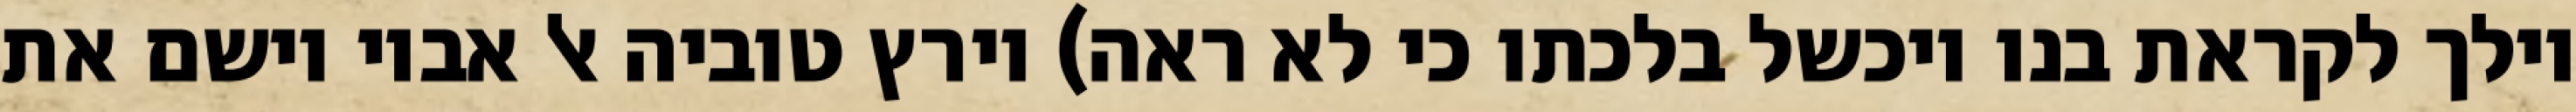
וילך לקראת בנו ויכשל בלכתו כי לא ראה) וירץ טוביה אל אביו וישם את